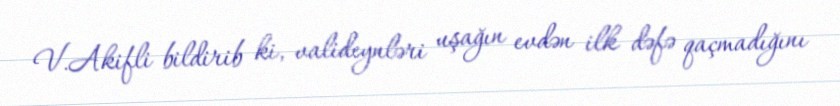
V.Akifli bildirib ki, valideynləri uşağın evdən ilk dəfə qaçmadığını